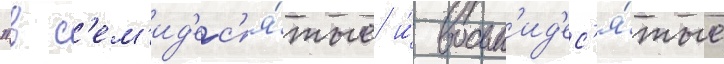
"в с'ем'ид'ес'я́тые и́ восьм'ид'ес'я́тые